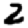
Digit: 2